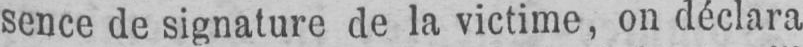
sence de signature de la victime, on déclara